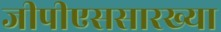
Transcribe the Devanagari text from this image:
जीपीएससारख्या